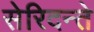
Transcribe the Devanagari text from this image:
सेरिदन्ते